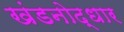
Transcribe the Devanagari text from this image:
खंडनोद्धार